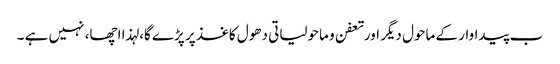
ب پیداوار کے ماحول دیگر اورتعفن و ماحولیاتی دھول کاغذ پر پڑے گا، لہذا اچھا، نہیں ہے ۔